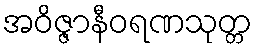
အဝိဇ္ဇာနီဝရဏသုတ္တ